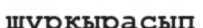
шұрқырасып